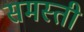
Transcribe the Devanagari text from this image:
समस्ती